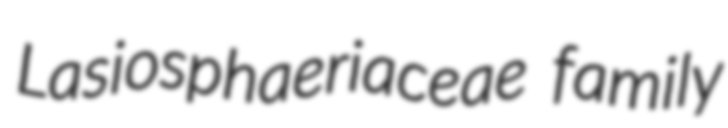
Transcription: Lasiosphaeriaceae family